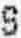
S